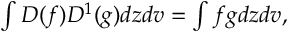
\begin{array} { r } { \int D ( f ) D ^ { 1 } ( g ) d z d v = \int f g d z d v , } \end{array}